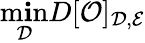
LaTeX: \operatorname*{m\mathbf{i}n}_{\mathcal{{D}}}D[\mathcal{{O}}]_{\mathcal{{D}},\mathcal{{E}}}